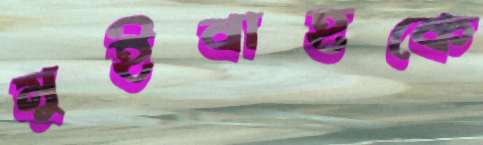
মুইবাহকে